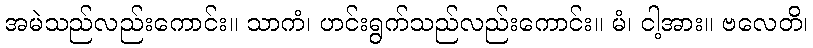
အမဲသည်လည်းကောင်း။ သာကံ၊ ဟင်းရွက်သည်လည်းကောင်း။ မံ၊ ငါ့အား။ ဗလေတိ၊